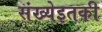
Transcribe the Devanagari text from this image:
संख्येइतकी